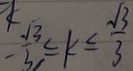
- \frac { \sqrt { 3 } } { 3 } \leq k \leq \frac { \sqrt { 3 } } { 3 }